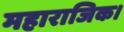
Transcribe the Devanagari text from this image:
महाराजिक।